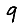
Digit: 9